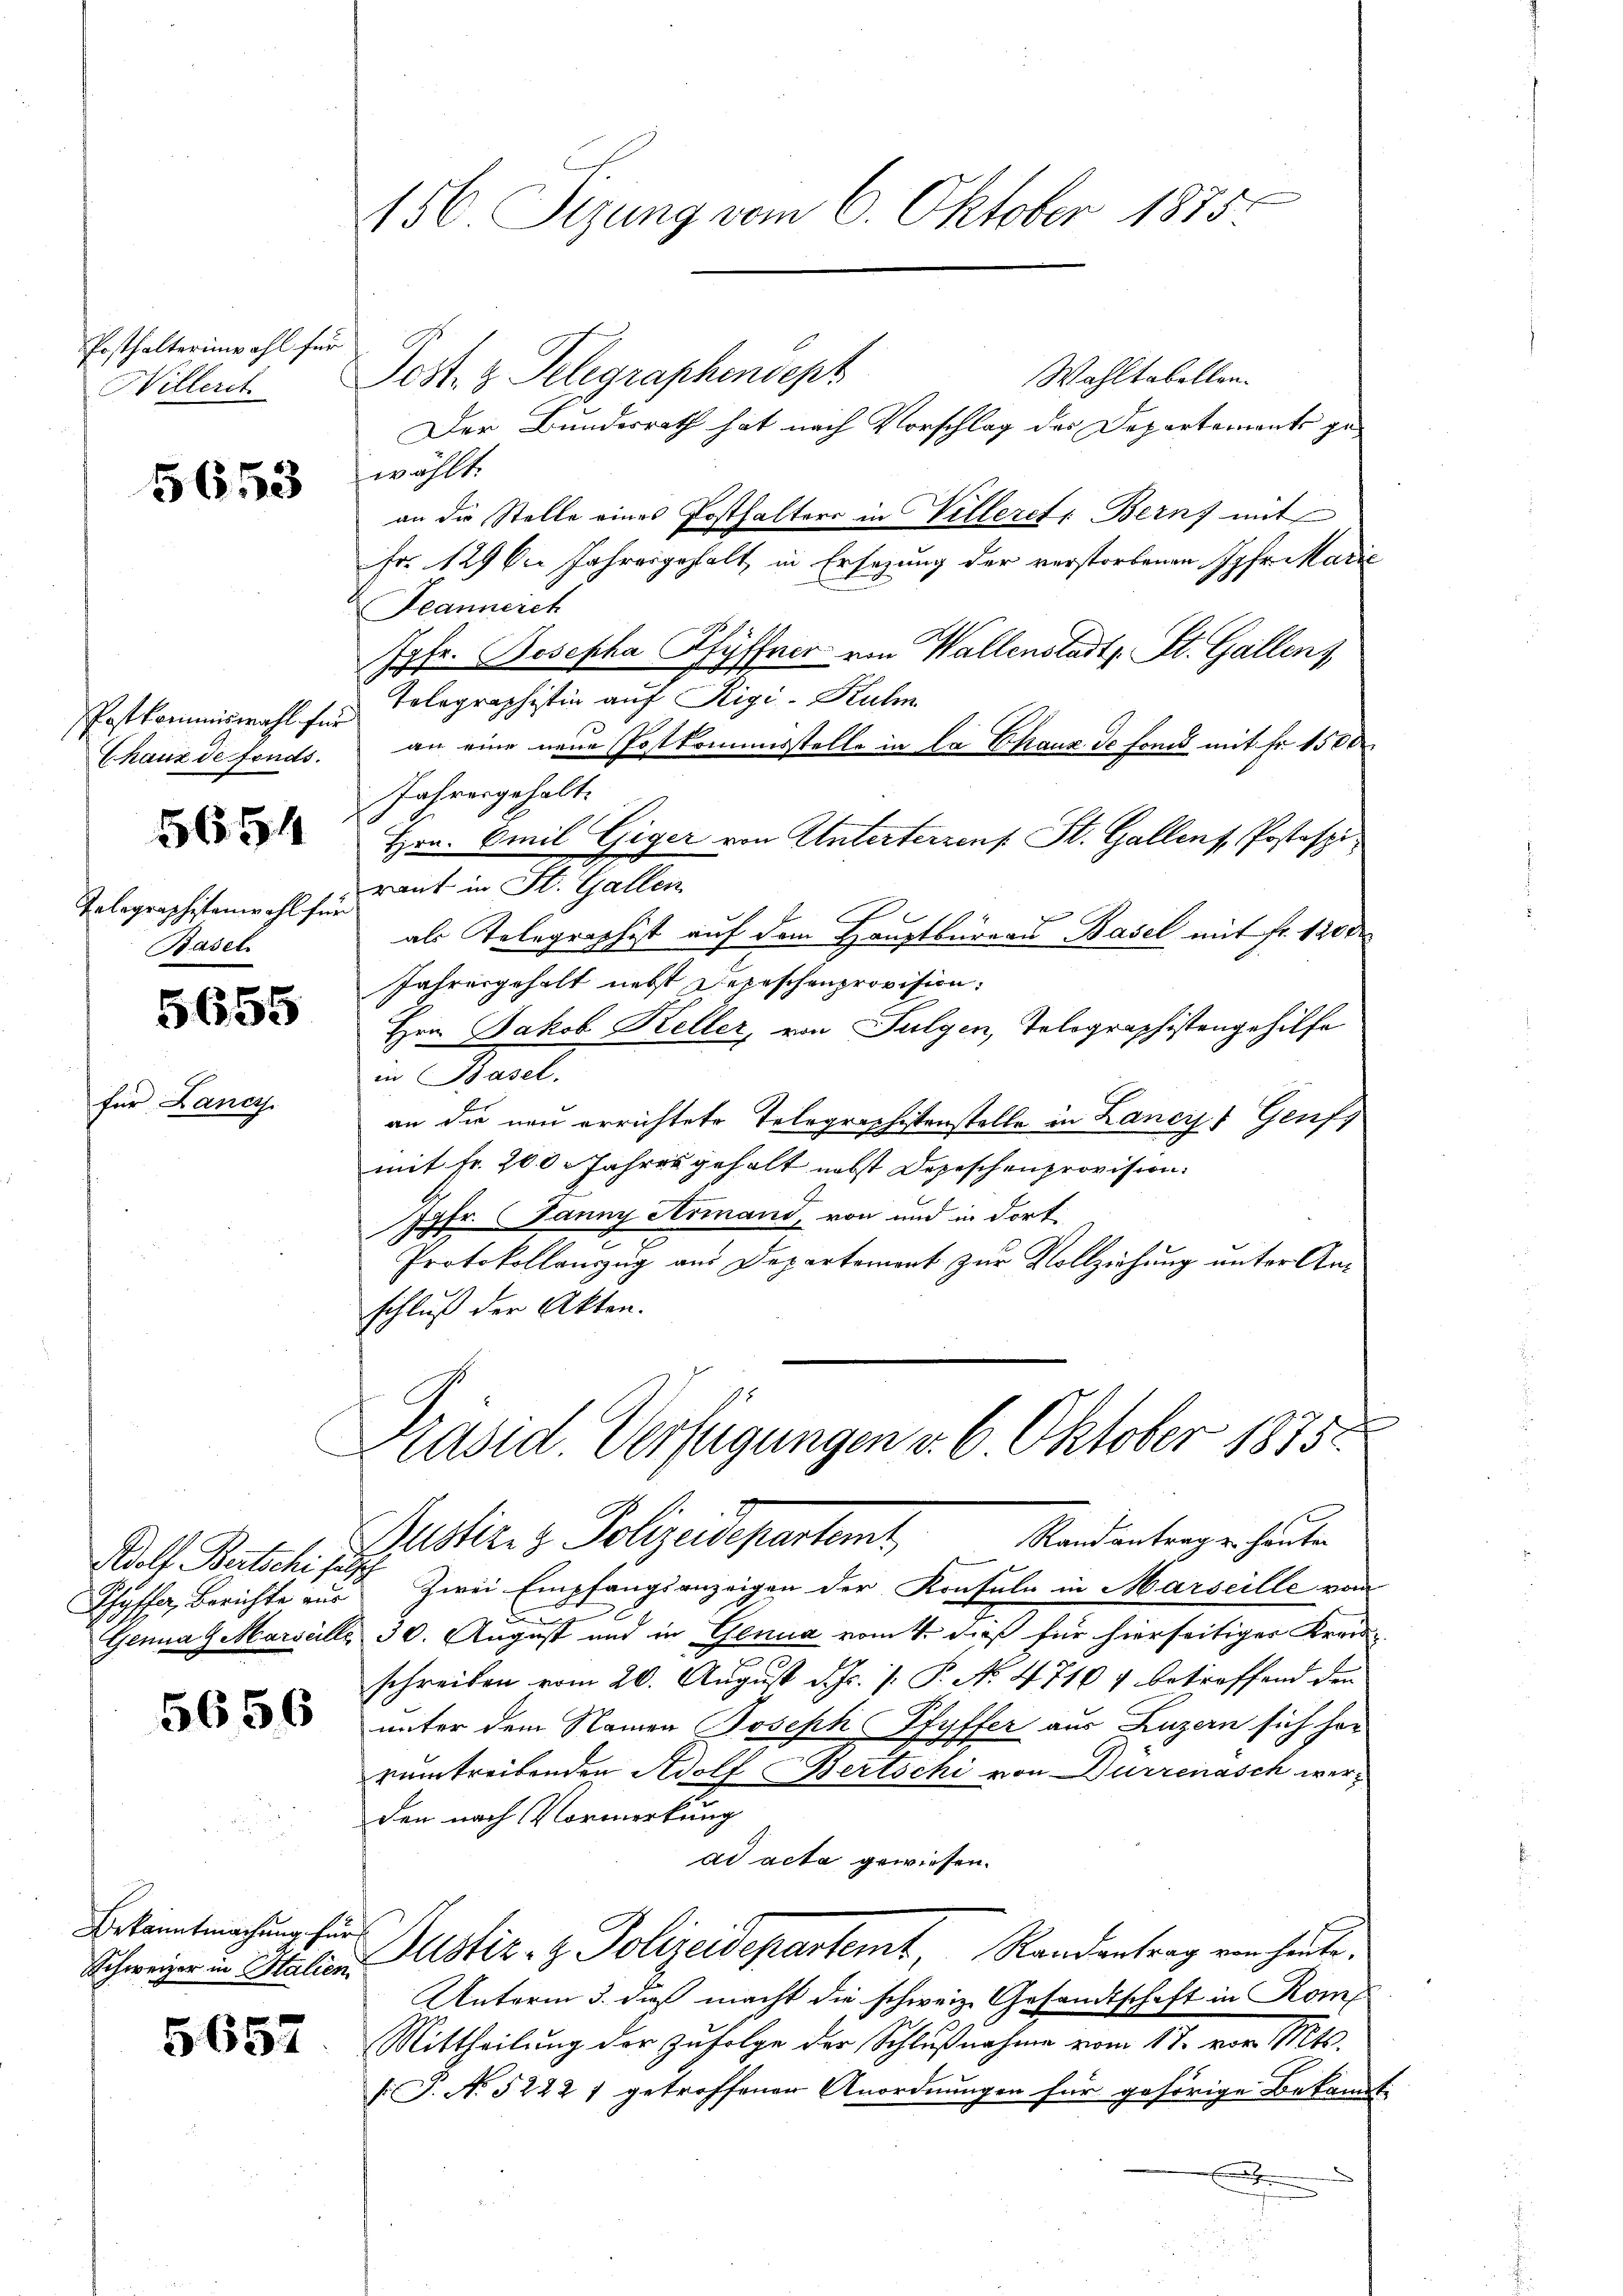
Posthalterinwahl fü
Hitlerch

5653

Postkommiswahl für

5654

Talographistenwohl für
Basel

für Lanc

5655

Wolf Bertschi hat,
Chysfa, Berichte aus
Genua G. Marseille

5656

Bekanntmachung für
Schweizer in Italien.

5657

156. Segung vom 6. Oktober 1875.

u
Post. z. Telegraphendept
Wahltabellen.
Der Bundesrath hat nach Vorschlag des Departements gewählt.
an die Stelle eines Posthalters in Villerct: Bern mit
Fr. 129 bei Jahresgehalt in Ersezung der verstorbenen Jgfr. Madić
Leanneich
Jpfe. Josepha Pfyffner von Wallenstadt, St. Gallen,
Tolographistin auf Rigi-Ruhm
Chaux de fonds. an eine neue Postkommisstelle in la Chaux de fond mit Fr. 1500
Jahrengehalte
Hrn. Emil Giger von Unterterzens St. Gallenf, Postspi
raut in St. Gallen
als Telegraphist auf dem Hauptbureau Basel mit fr. 1200
Jahresgehalt nebst Depeschenprovision.
Hrn. Jakob Keller, von Sulgen, Tolographistengehilfe
in Basel.
an die neu errichtete Telegraphistenstelle in Lancy, Genf
mit Fr. 200 Jahres gehalt nebst Depeschenprovision.
Jgfr. Janny Armand, von und in dort
E
Protokollauszug aus Departement zur Vollziehung unter Anschluß der Akten.

Präsid. Verfügungen v. 6. Oktober 1875.
Randantrag u. heuten
Puster - Polizeidepartemt,

Zwei Empfangsanzeigen der Konsuln in Marseille vom
x
30. August und in Genua vom 4. dieß für hierseitiges Kreis-
schreiben vom 20. August d. Js. f. P. N. 4710 f betreffend den
unter dem Namen Joseph Pfyffer aus Luzern sich her
veintreibenden Adolf Bertschi von Dürrenasch werden nach Vormerkung
ad acta gewiesen.
Justiz- & Polizeidepartemt Randantrag von heute.
Unterm 3. daß macht die schweiz. Gesandtschaft in Rom
Mittheilung der zufolge der Schlußnahme vom 17. vor. Mts.
[ P. N. 52221 getroffenen Anordnungen für gehörige Bekannt:
m